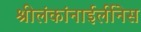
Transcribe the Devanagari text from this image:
श्रीलंकांनाईर्लीनेस